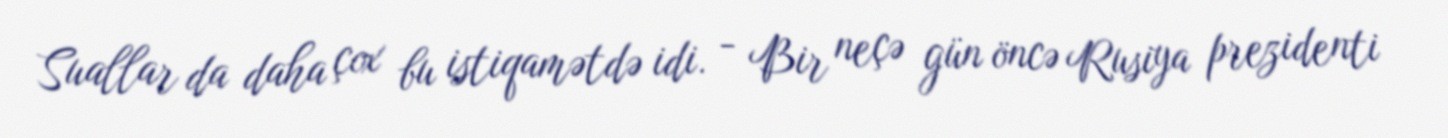
Suallar da daha çox bu istiqamətdə idi. - Bir neçə gün öncə Rusiya prezidenti